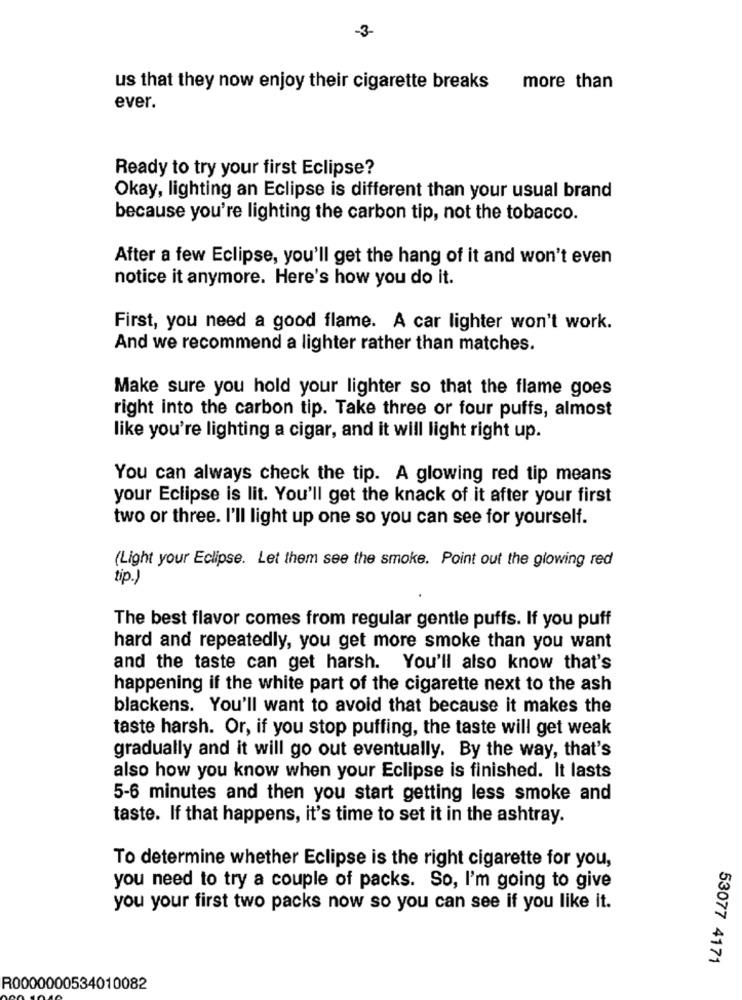
-3-
us that they now enjoy their cigarette breaks
more than
ever.
Ready to try your first Eclipse?
Okay, lighting an Eclipse is different than your usual brand
because you're lighting the carbon tip, not the tobacco.
After a few Eclipse, you'll get the hang of it and won't even
notice it anymore. Here's how you do it.
First, you need a good flame. A car lighter won't work.
And we recommend a lighter rather than matches.
Make sure you hold your lighter so that the flame goes
right into the carbon tip. Take three or four puffs, almost
like you're lighting a cigar, and it will light right up.
You can always check the tip. A glowing red tip means
your Eclipse is lit. You'll get the knack of it after your first
two or three. I'll light up one so you can see for yourself.
(Light your Eclipse. Let them see the smoke. Point out the glowing red
tip.)
The best flavor comes from regular gentle puffs. If you puff
hard and repeatedly, you get more smoke than you want
and the taste can get harsh. You'll also know that's
happening if the white part of the cigarette next to the ash
blackens. You'll want to avoid that because it makes the
taste harsh. Or, if you stop puffing, the taste will get weak
gradually and it will go out eventually. By the way, that's
also how you know when your Eclipse is finished. It lasts
5-6 minutes and then you start getting less smoke and
taste. If that happens, it's time to set it in the ashtray.
To determine whether Eclipse is the right cigarette for you,
you need to try a couple of packs. So, I'm going to give
you your first two packs now so you can see if you like it.
53077 4171
R0000000534010082